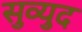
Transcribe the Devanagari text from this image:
सुव्युद